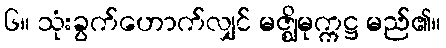
၆။ သုံးခွက်ဟောက်လျှင် မဇ္ဈိမုက္ကဋ္ဌ မည်၏။